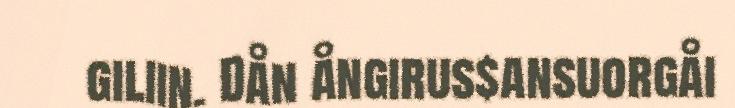
giliin. Dån ångirus$ansuorgåi